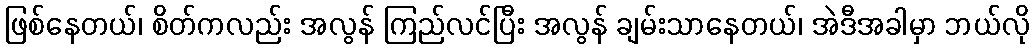
ဖြစ်နေတယ်၊ စိတ်ကလည်း အလွန် ကြည်လင်ပြီး အလွန် ချမ်းသာနေတယ်၊ အဲဒီအခါမှာ ဘယ်လို